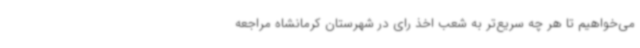
می‌خواهیم تا هر چه سریع‌تر به شعب اخذ رای در شهرستان کرمانشاه مراجعه